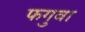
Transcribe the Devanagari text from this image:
फगुवा